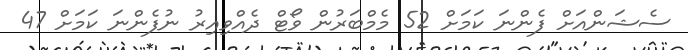
ސެޝަންއަށް ފެންނަ ކަމަށް 52 މެމްބަރުން ވޯޓް ދެއްވިއިރު ނުފެންނަ ކަމަށް 47